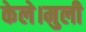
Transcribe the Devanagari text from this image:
केले।मुली